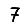
Digit: 7